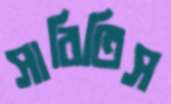
সারিতিস